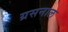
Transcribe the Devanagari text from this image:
ग्रसनाल